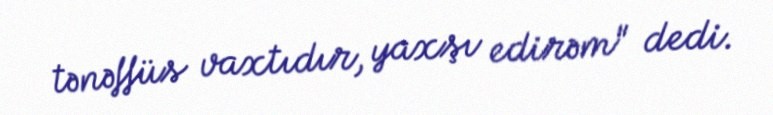
tənəffüs vaxtıdır, yaxşı edirəm" dedi.